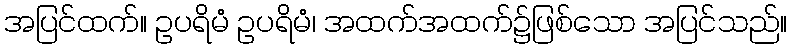
အပြင်ထက်။ ဥပရိမံ ဥပရိမံ၊ အထက်အထက်၌ဖြစ်သော အပြင်သည်။